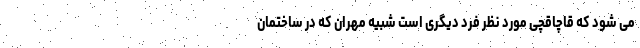
می شود که قاچاقچی مورد نظر فرد دیگری است شبیه مهران که در ساختمان